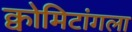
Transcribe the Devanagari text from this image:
क्वोमिटांगला